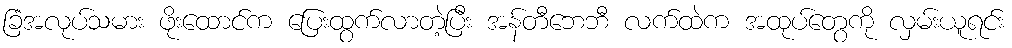
ခြံအလုပ်သမား ဖိုးထောင်က ပြေးထွက်လာတဲ့ပြီး အန်တီဘေဘီ လက်ထဲက အထုပ်တွေကို လှမ်းယူရင်း